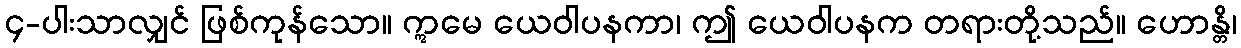
၄-ပါးသာလျှင် ဖြစ်ကုန်သော။ ဣမေ ယေဝါပနကာ၊ ဤ ယေဝါပနက တရားတို့သည်။ ဟောန္တိ၊